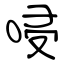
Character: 唚